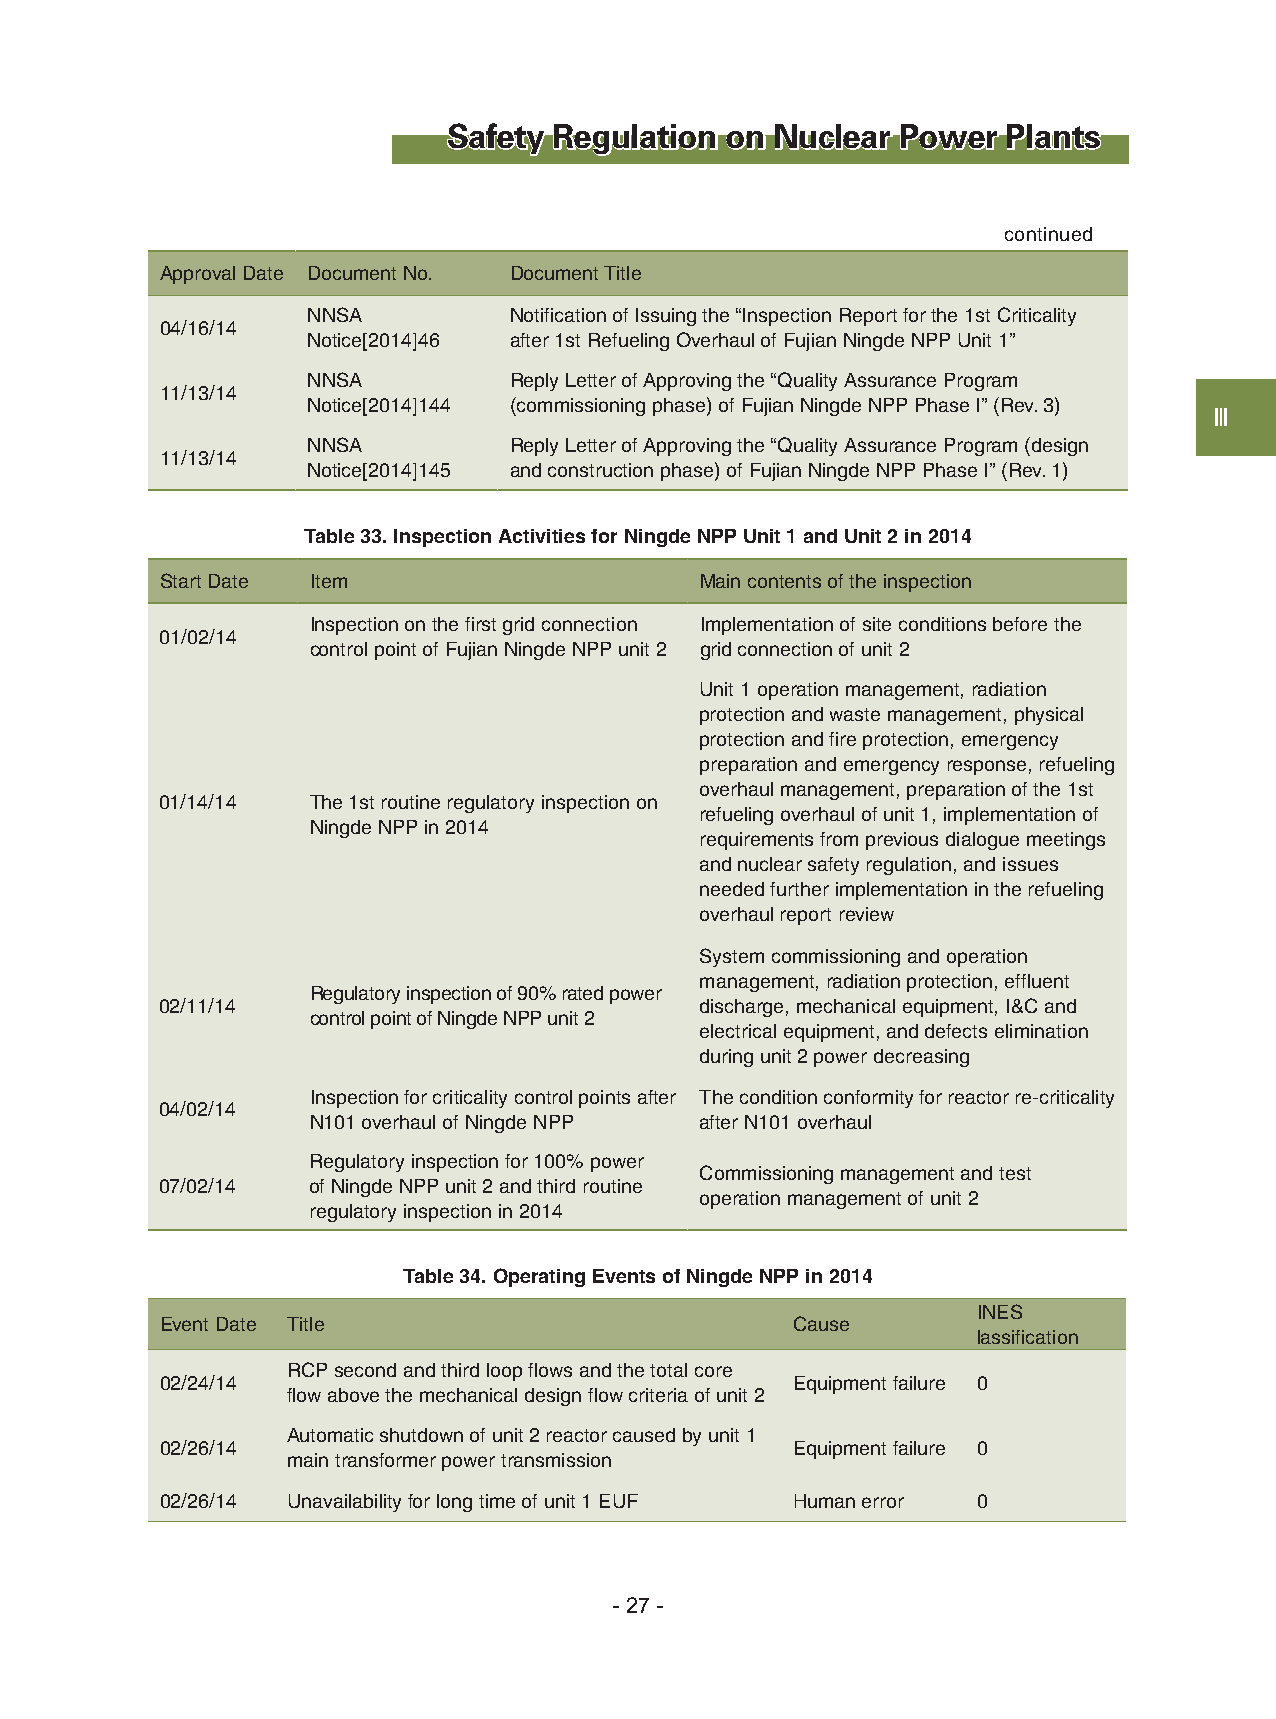
Safety Regulation on Nuclear  Power  Plants
 continued
 Approval Date Document No. Document Title
 NNSA          Notification of Issuing the “Inspection Report for the 1st Criticality
 04/16/14
 Notice[2014]46 after 1st Refueling Overhaul of Fujian Ningde NPP Unit 1”
 NNSA          Reply Letter of Approving the “Quality Assurance Program
 11/13/14
 Notice[2014]144 (commissioning phase) of Fujian Ningde NPP Phase I” (Rev. 3)
 Ⅲ
 NNSA          Reply Letter of Approving the “Quality Assurance Program (design
 11/13/14
 Notice[2014]145 and construction phase) of Fujian Ningde NPP Phase I” (Rev. 1)
 Table 33. Inspection Activities for Ningde NPP Unit 1 and Unit 2 in 2014
 Start Date Item                    Main contents of the inspection
 Inspection on the first grid connection Implementation of site conditions before the
 01/02/14
 control point of Fujian Ningde NPP unit 2 grid connection of unit 2
 Unit 1 operation management, radiation
 protection and waste management, physical
 protection and fire protection, emergency
 preparation and emergency response, refueling
 overhaul management, preparation of the 1st
 01/14/14 The 1st routine regulatory inspection on
 refueling overhaul of unit 1, implementation of
 Ningde NPP in 2014
 requirements from previous dialogue meetings
 and nuclear safety regulation, and issues
 needed further implementation in the refueling
 overhaul report review
 System commissioning and operation
 management, radiation protection, effluent
 Regulatory inspection of 90% rated power
 02/11/14                           discharge, mechanical equipment, I&C and
 control point of Ningde NPP unit 2
 electrical equipment, and defects elimination
 during unit 2 power decreasing
 Inspection for criticality control points after The condition conformity for reactor re-criticality
 04/02/14
 N101 overhaul of Ningde NPP after N101 overhaul
 Regulatory inspection for 100% power
 Commissioning management and test
 07/02/14 of Ningde NPP unit 2 and third routine
 operation management of unit 2
 regulatory inspection in 2014
 Table 34. Operating Events of Ningde NPP in 2014
 INES
 Event Date Title                         Cause
 lassification
 RCP second and third loop flows and the total core
 02/24/14                                 Equipment failure 0
 flow above the mechanical design flow criteria of unit 2
 Automatic shutdown of unit 2 reactor caused by unit 1
 02/26/14                                 Equipment failure 0
 main transformer power transmission
 02/26/14 Unavailability for long time of unit 1 EUF Human error 0
 - 27 -